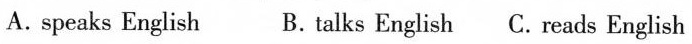
A. speaksEnglish B. Talks English C. Reads English